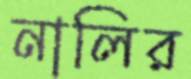
নালির